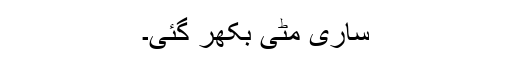
ساری مٹی بکھر گئی۔